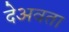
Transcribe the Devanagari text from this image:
देअवता